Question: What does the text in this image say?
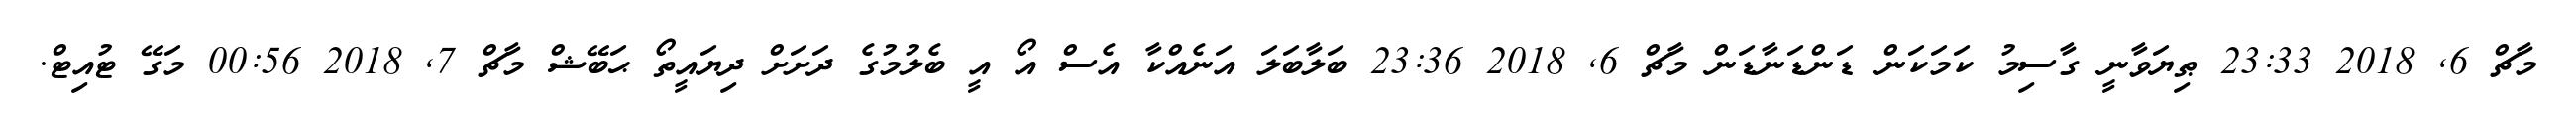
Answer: މާޗް 6, 2018 23:33 ޠިޔަވާނީ ގާސިމު ކަމަކަން ޑަންޑަނާޑަން މާޗް 6, 2018 23:36 ބަލާބަލަ އަނެއްކާ އެސް އޯ އީ ބެލުމުގެ ދަށަށް ދިޔައީތޯ ޙަބޭޝް މާޗް 7, 2018 00:56 މަގޭ ޓުއިޓް.